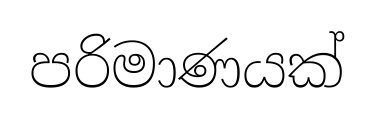
පරිමාණයක්